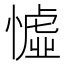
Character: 憈